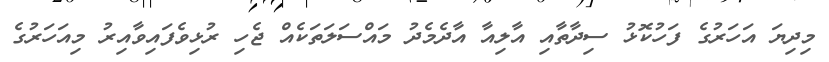
މިދިޔަ އަހަރުގެ ފަހުކޮޅު ސިދާތާއި އާލިއާ އާދެމެދު މައްސަލަތަކެއް ޖެހި ރުޅިވެފައިވާއިރު މިއަހަރުގެ